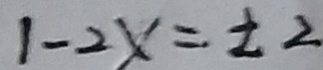
1 - 2 x = \pm 2